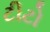
ટીટો